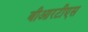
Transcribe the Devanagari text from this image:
बीआरटीएस